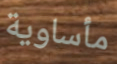
مأساوية